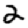
Digit: 2